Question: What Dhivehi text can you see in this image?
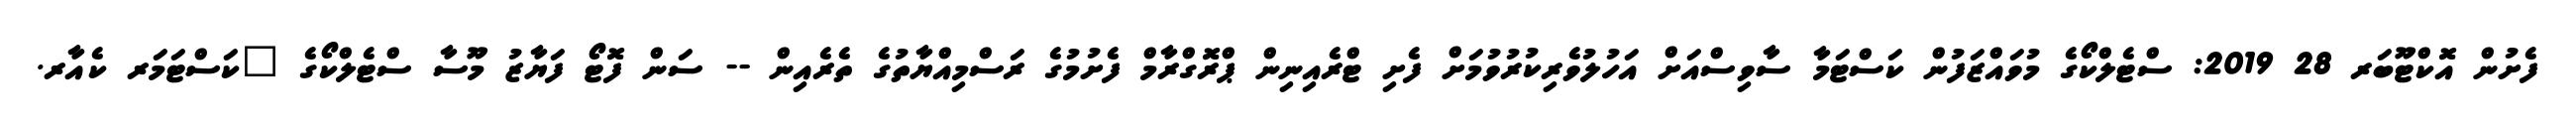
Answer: ފެށުން އޮކްޓޫބަރ 28 2019: ސްޓެލްކޯގެ މުވައްޒަފުން ކަސްޓަމާ ސާވިސްއަށް އަހުލުވެރިކުރުވުމަށް ފެށި ޓްރެއިނިން ޕްރޮގްރާމް ފެށުމުގެ ރަސްމިއްޔާތުގެ ތެރެއިން -- ސަން ފޮޓޯ ފަޔާޒު މޫސާ ސްޓެލްކޯގެ "ކަސްޓަމަރ ކެއާރ.